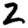
Digit: 2